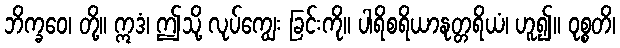
ဘိက္ခဝေ၊ တို့။ ဣဒံ၊ ဤသို့ လုပ်ကျွေး ခြင်းကို။ ပါရိစရိယာနုတ္တရိယံ၊ ဟူ၍။ ဝုစ္စတိ၊